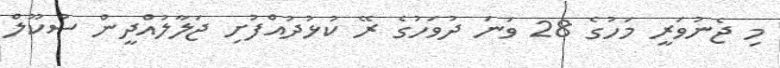
މި ޖެނުވަރީ މަހުގެ 28 ވަނަ ދުވަހުގެ ރޭ ކުޅުދުއްފުށި ޖަލާލުއްދީން ސުކޫލް